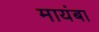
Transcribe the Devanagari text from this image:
मायंबा